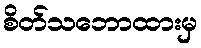
စိတ်သဘောထားမှ